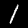
Label: 1